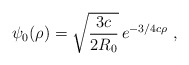
\begin{align*}\psi_0(\rho)=\sqrt\frac{3c}{2R_0}\,e^{-{3}/{4}c\rho} \ ,\end{align*}